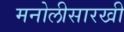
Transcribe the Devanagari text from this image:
मनोलीसारखी